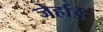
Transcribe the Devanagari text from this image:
जेर्हार्ड